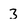
Character: 3